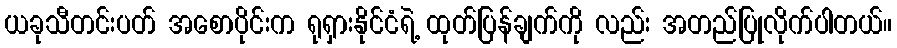
ယခုသီတင်းပတ် အစောပိုင်းက ရုရှားနိုင်ငံရဲ့ ထုတ်ပြန်ချက်ကို လည်း အတည်ပြုလိုက်ပါတယ်။